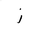
Letter: _zay